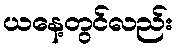
ယနေ့တွင်လည်း